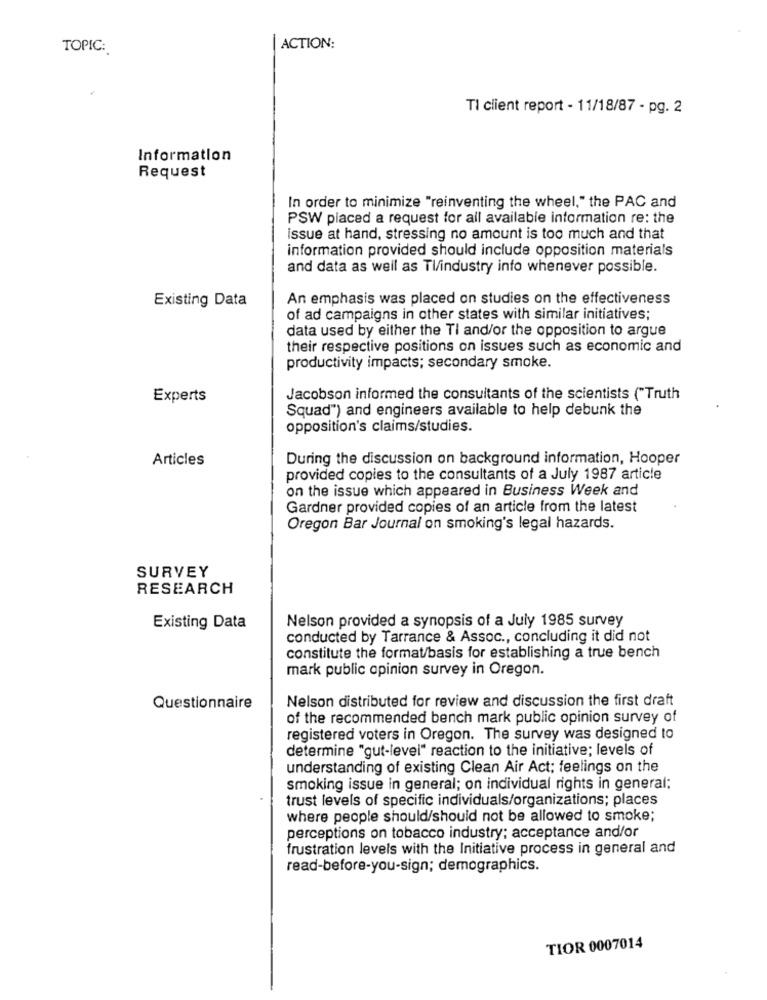
TOPIC :.
ACTION:
TI client report - 11/18/87 - pg. 2
Information
Request
In order to minimize "reinventing the wheel," the PAC and
PSW placed a request for all available information re: the
issue at hand, stressing no amount is too much and that
information provided should include opposition materials
and data as well as Tl/industry info whenever possible.
Existing Data
An emphasis was placed on studies on the effectiveness
of ad campaigns in other states with similar initiatives;
data used by either the Tl and/or the opposition to argue
their respective positions on issues such as economic and
productivity impacts; secondary smoke.
Experts
Jacobson informed the consultants of the scientists ("Truth
Squad") and engineers available to help debunk the
opposition's claims/studies.
Articles
During the discussion on background information, Hooper
provided copies to the consultants of a July 1987 article
on the issue which appeared in Business Week and
Gardner provided copies of an article from the latest
Oregon Bar Journal on smoking's legal hazards.
SURVEY
RESEARCH
Nelson provided a synopsis of a July 1985 survey
Existing Data
conducted by Tarrance & Assoc ., concluding it did not
constitute the format/basis for establishing a true bench
mark public opinion survey in Oregon.
Nelson distributed for review and discussion the first draft
Questionnaire
of the recommended bench mark public opinion survey of
registered voters in Oregon. The survey was designed to
determine "gut-level" reaction to the initiative; levels of
understanding of existing Clean Air Act; feelings on the
smoking issue in general; on individual rights in general;
trust levels of specific individuals/organizations; places
where people should/should not be allowed to smoke;
perceptions on tobacco industry; acceptance and/or
frustration levels with the Initiative process in general and
read-before-you-sign; demographics.
TIOR 0007014